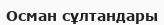
Осман сұлтандары